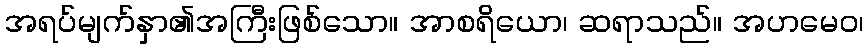
အရပ်မျက်နှာ၏အကြီးဖြစ်သော။ အာစရိယော၊ ဆရာသည်။ အဟမေဝ၊